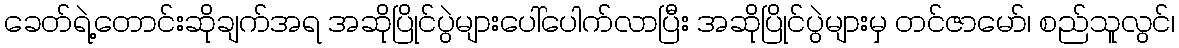
ခေတ်ရဲ့တောင်းဆိုချက်အရ အဆိုပြိုင်ပွဲများပေါ်ပေါက်လာပြီး အဆိုပြိုင်ပွဲများမှ တင်ဇာမော်၊ စည်သူလွင်၊